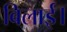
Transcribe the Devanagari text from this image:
बिलाई।